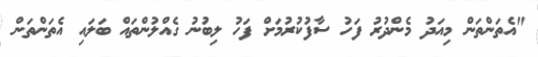
"އެތަންތަން މިއަދު މެންދުރު ފަހު ސާފުކުރުމަށް ފަހު ލިބުނު ގެއްލުންތައް ބަލައި އެތަންތަން